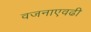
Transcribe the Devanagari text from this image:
वजनाएवढी